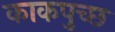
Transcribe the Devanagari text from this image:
काकपुच्छ